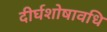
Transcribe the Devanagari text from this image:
दीर्घशोषावधि